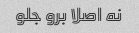
نه اصلا برو جلو